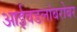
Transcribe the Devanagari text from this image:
आईवडलांबरोबर